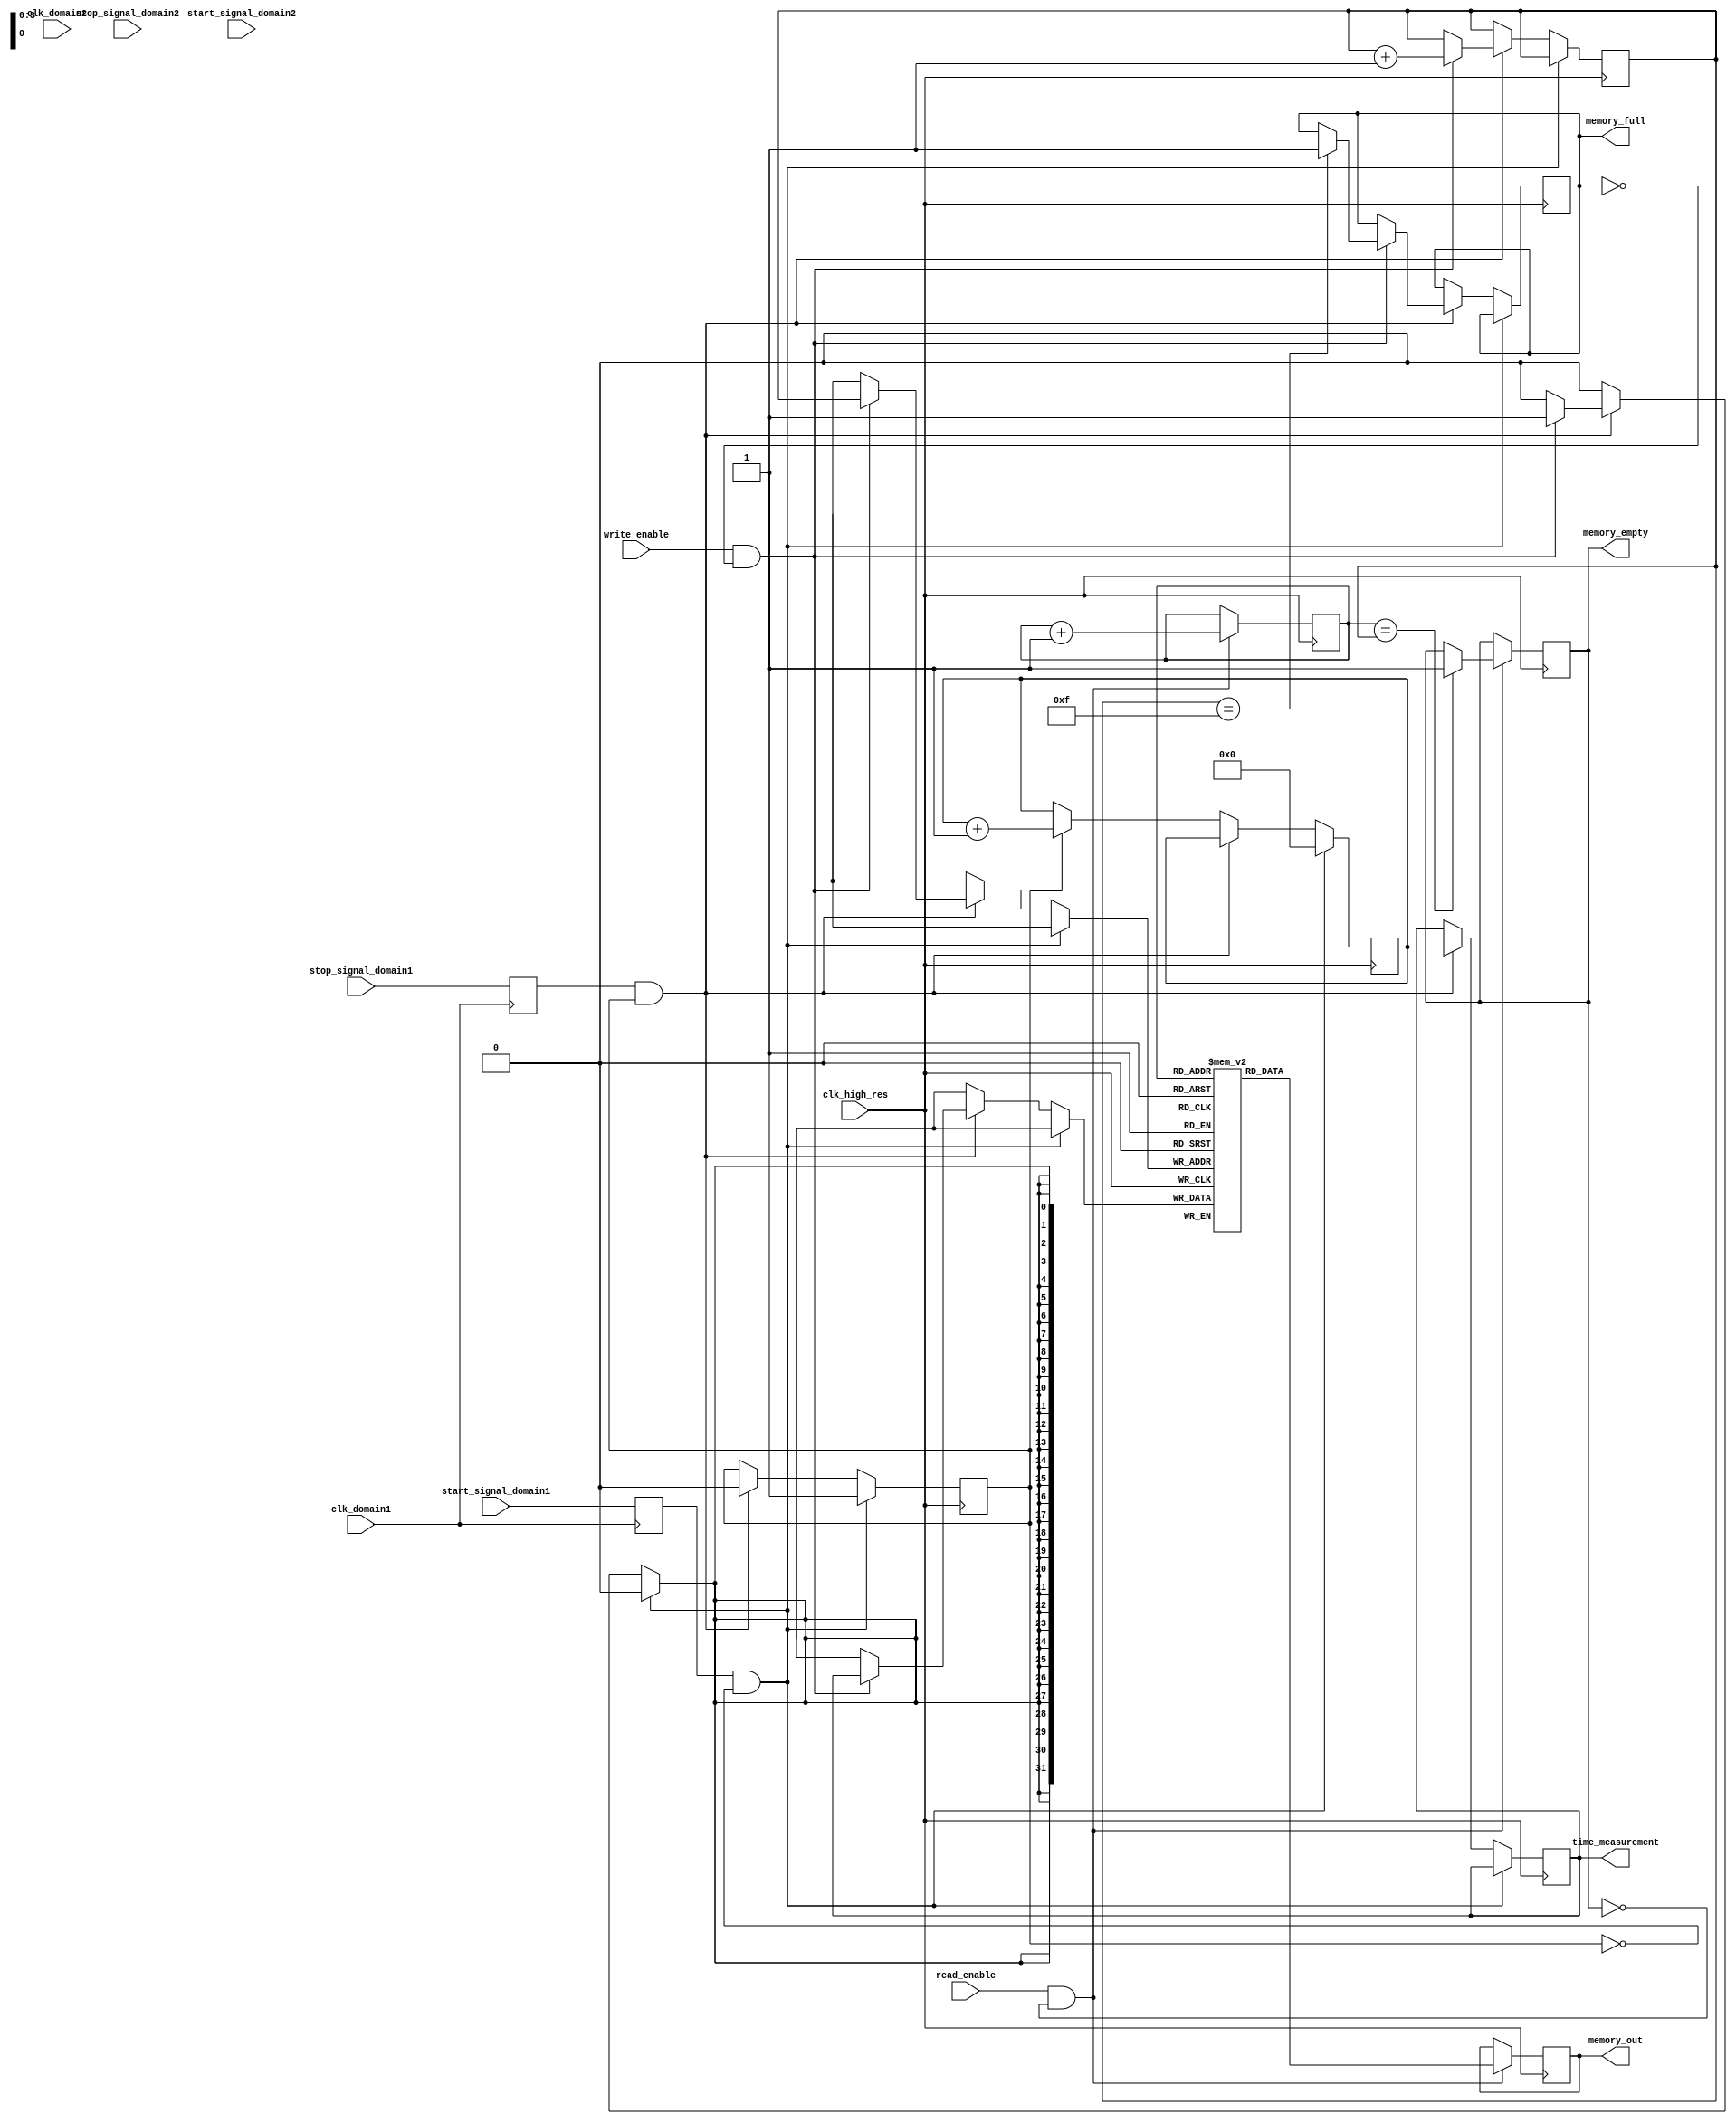
module MultiDomainTDC (
    input wire clk_high_res,          // High-resolution clock
    input wire clk_domain1,           // Clock for domain 1
    input wire clk_domain2,           // Clock for domain 2
    input wire start_signal_domain1,  // Start signal from domain 1
    input wire stop_signal_domain1,   // Stop signal from domain 1
    input wire start_signal_domain2,  // Start signal from domain 2
    input wire stop_signal_domain2,   // Stop signal from domain 2
    input wire write_enable,           // Write enable for memory
    input wire read_enable,            // Read enable for memory
    output reg [31:0] time_measurement, // Measured time interval
    output reg [31:0] memory_out,      // Output from memory
    output reg memory_full,            // Memory full flag
    output reg memory_empty            // Memory empty flag
);

    // Parameters
    parameter MEMORY_SIZE = 16;        // Size of the memory
    parameter TIME_RESOLUTION = 32;     // Time resolution in bits

    // Memory block (FIFO)
    reg [TIME_RESOLUTION-1:0] memory [0:MEMORY_SIZE-1];
    reg [3:0] write_pointer;
    reg [3:0] read_pointer;
    reg measuring;

    // Time measurement counter
    reg [TIME_RESOLUTION-1:0] counter;

    // Synchronization logic (simple example)
    reg start_sync1, stop_sync1, start_sync2, stop_sync2;

    always @(posedge clk_domain1) begin
        start_sync1 <= start_signal_domain1;
        stop_sync1 <= stop_signal_domain1;
    end

    always @(posedge clk_domain2) begin
        start_sync2 <= start_signal_domain2;
        stop_sync2 <= stop_signal_domain2;
    end

    // Time measurement unit
    always @(posedge clk_high_res) begin
        if (start_sync1 && !measuring) begin
            measuring <= 1;
            counter <= 0; // Start counting
        end else if (stop_sync1 && measuring) begin
            measuring <= 0;
            time_measurement <= counter; // Capture time measurement
            if (write_enable && !memory_full) begin
                memory[write_pointer] <= time_measurement; // Write to memory
                write_pointer <= write_pointer + 1;
                if (write_pointer == MEMORY_SIZE - 1) memory_full <= 1;
            end
        end else if (measuring) begin
            counter <= counter + 1; // Increment counter
        end
    end

    // Read from memory
    always @(posedge clk_high_res) begin
        if (read_enable && !memory_empty) begin
            memory_out <= memory[read_pointer]; // Read from memory
            read_pointer <= read_pointer + 1;
            if (read_pointer == write_pointer) memory_empty <= 1;
        end
    end

    // Initialize pointers and flags
    initial begin
        write_pointer = 0;
        read_pointer = 0;
        measuring = 0;
        memory_full = 0;
        memory_empty = 1;
    end

endmodule